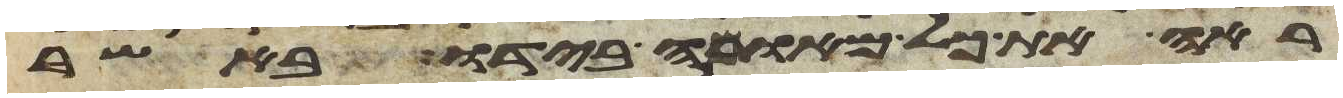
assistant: ראה את כל מאומה בידו באשר